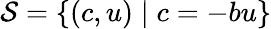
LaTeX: \mathcal{S}=\{ (c,u)\mid c=-bu\}